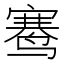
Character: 𬸣